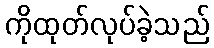
ကိုထုတ်လုပ်ခဲ့သည်